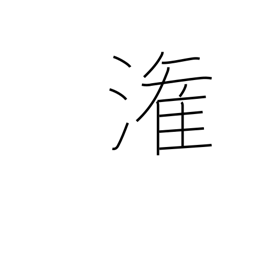
Meaning: pour into